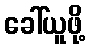
ခေါ်ယူဖို့